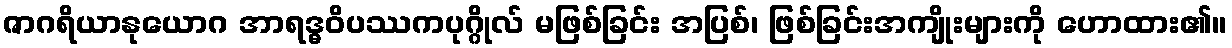
ဇာဂရိယာနုယောဂ အာရဒ္ဓဝိပဿကပုဂ္ဂိုလ် မဖြစ်ခြင်း အပြစ်၊ ဖြစ်ခြင်းအကျိုးများကို ဟောထား၏။